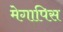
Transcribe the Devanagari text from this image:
मेगापिस